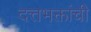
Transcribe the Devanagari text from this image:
दत्तभक्तांची